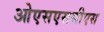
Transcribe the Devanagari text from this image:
ओएसएससीएस